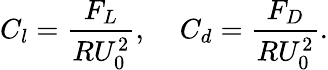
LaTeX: C_{l}=\frac{F_{L}}{RU_{0}^{2}},\; \; \; \; C_{d}=\frac{F_{D}}{RU_{0}^{2}}.